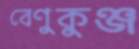
বেণুকুঞ্জ